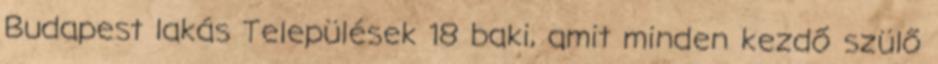
Budapest lakás Települések 18 baki, amit minden kezdő szülő